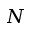
N